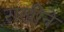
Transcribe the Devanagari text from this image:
राखीने